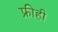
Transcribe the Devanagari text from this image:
फ्रीही